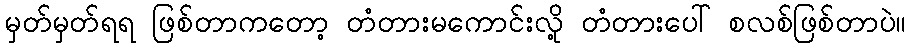
မှတ်မှတ်ရရ ဖြစ်တာကတော့ တံတားမကောင်းလို့ တံတားပေါ် စလစ်ဖြစ်တာပဲ။